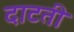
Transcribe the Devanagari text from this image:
दाटती